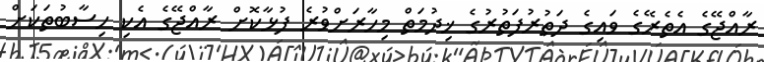
ރާއްޖޭގެ އެތެރޭގެ ވައިގެ ދަތުރުފަތުރުގެ ޚިދުމަތް މިހާރަށްވުރެ ފުޅާކޮށް ރާއްޖޭގެ އެކި ހިސާބުތަކަށް